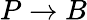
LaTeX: P\rightarrow B